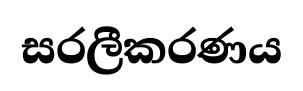
සරලීකරණය